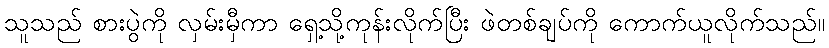
သူသည် စားပွဲကို လှမ်းမှီကာ ရှေ့သို့ကုန်းလိုက်ပြီး ဖဲတစ်ချပ်ကို ကောက်ယူလိုက်သည်။